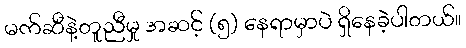
မက်ဆီနဲ့တူညီမှု အဆင့် (၅) နေရာမှာပဲ ရှိနေခဲ့ပါတယ်။